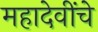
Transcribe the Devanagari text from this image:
महादेवींचे